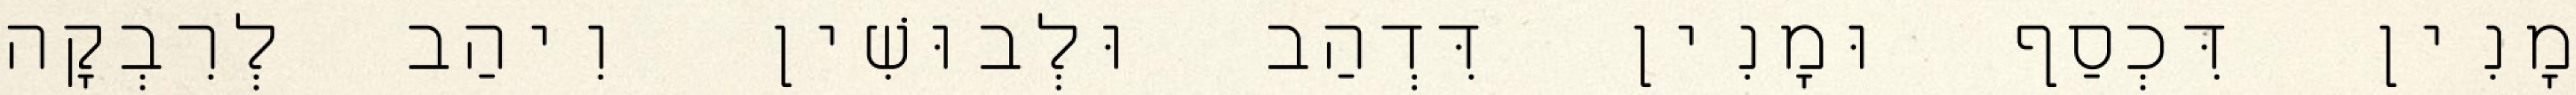
מָנִין דִּכְסַף וּמָנִין דִּדְהַב וּלְבוּשִׁין וִיהַב לְרִבְקָה